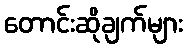
တောင်းဆိုချက်များ